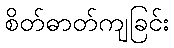
စိတ်ဓာတ်ကျခြင်း